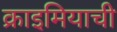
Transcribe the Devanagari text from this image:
क्राइमियाची